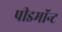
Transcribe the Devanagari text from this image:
पीडमॉन्ट